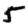
Digit: 5